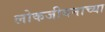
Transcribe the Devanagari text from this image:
लोकजीवनाच्या